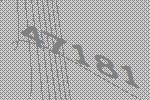
47181